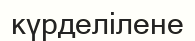
күрделілене